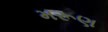
મરૂણ